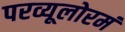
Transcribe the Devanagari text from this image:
परव्यूलोरमं